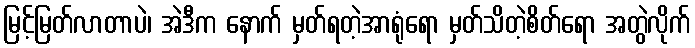
မြင့်မြတ်လာတာပဲ၊ အဲဒီက နောက် မှတ်ရတဲ့အာရုံရော မှတ်သိတဲ့စိတ်ရော အတွဲလိုက်